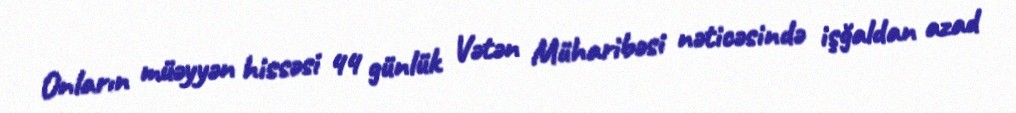
Onların müəyyən hissəsi 44 günlük Vətən Müharibəsi nəticəsində işğaldan azad